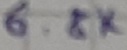
Text: 6.8K